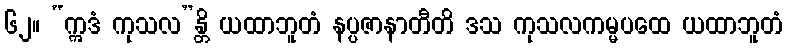
၆၂။ “ဣဒံ ကုသလ”န္တိ ယထာဘူတံ နပ္ပဇာနာတီတိ ဒသ ကုသလကမ္မပထေ ယထာဘူတံ